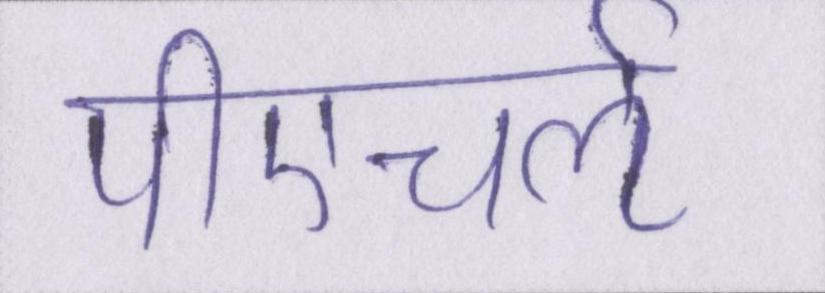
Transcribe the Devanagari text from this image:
पीएचर्ऌ